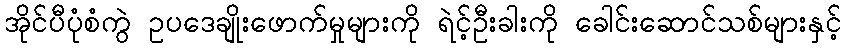
အိုင်ပီပုံစံကွဲ ဥပဒေချိုးဖောက်မှုများကို ရဲင့်ဦးခါးကို ခေါင်းဆောင်သစ်များနှင့်